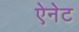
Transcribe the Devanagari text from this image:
ऐनेट